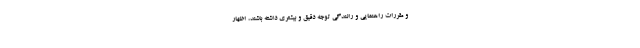
و مقررات راهنمایی و رانندگی توجه دقیق و بیشتری داشته باشند، اظهار